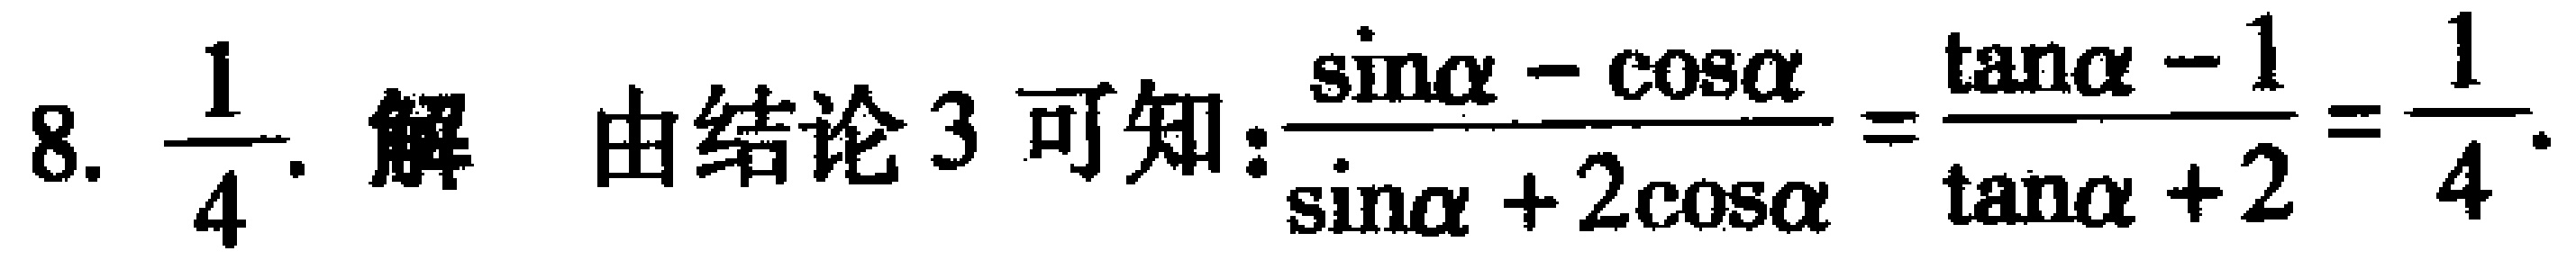
8. $\frac{1}{4}$. 解 由结论 3 可知:$\frac{\sin\alpha - \cos\alpha}{\sin\alpha + 2\cos\alpha}=\frac{\tan\alpha - 1}{\tan\alpha + 2}=\frac{1}{4}$.